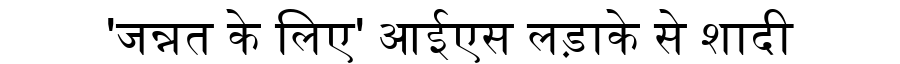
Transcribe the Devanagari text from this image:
'जन्नत के लिए' आईएस लड़ाके से शादी